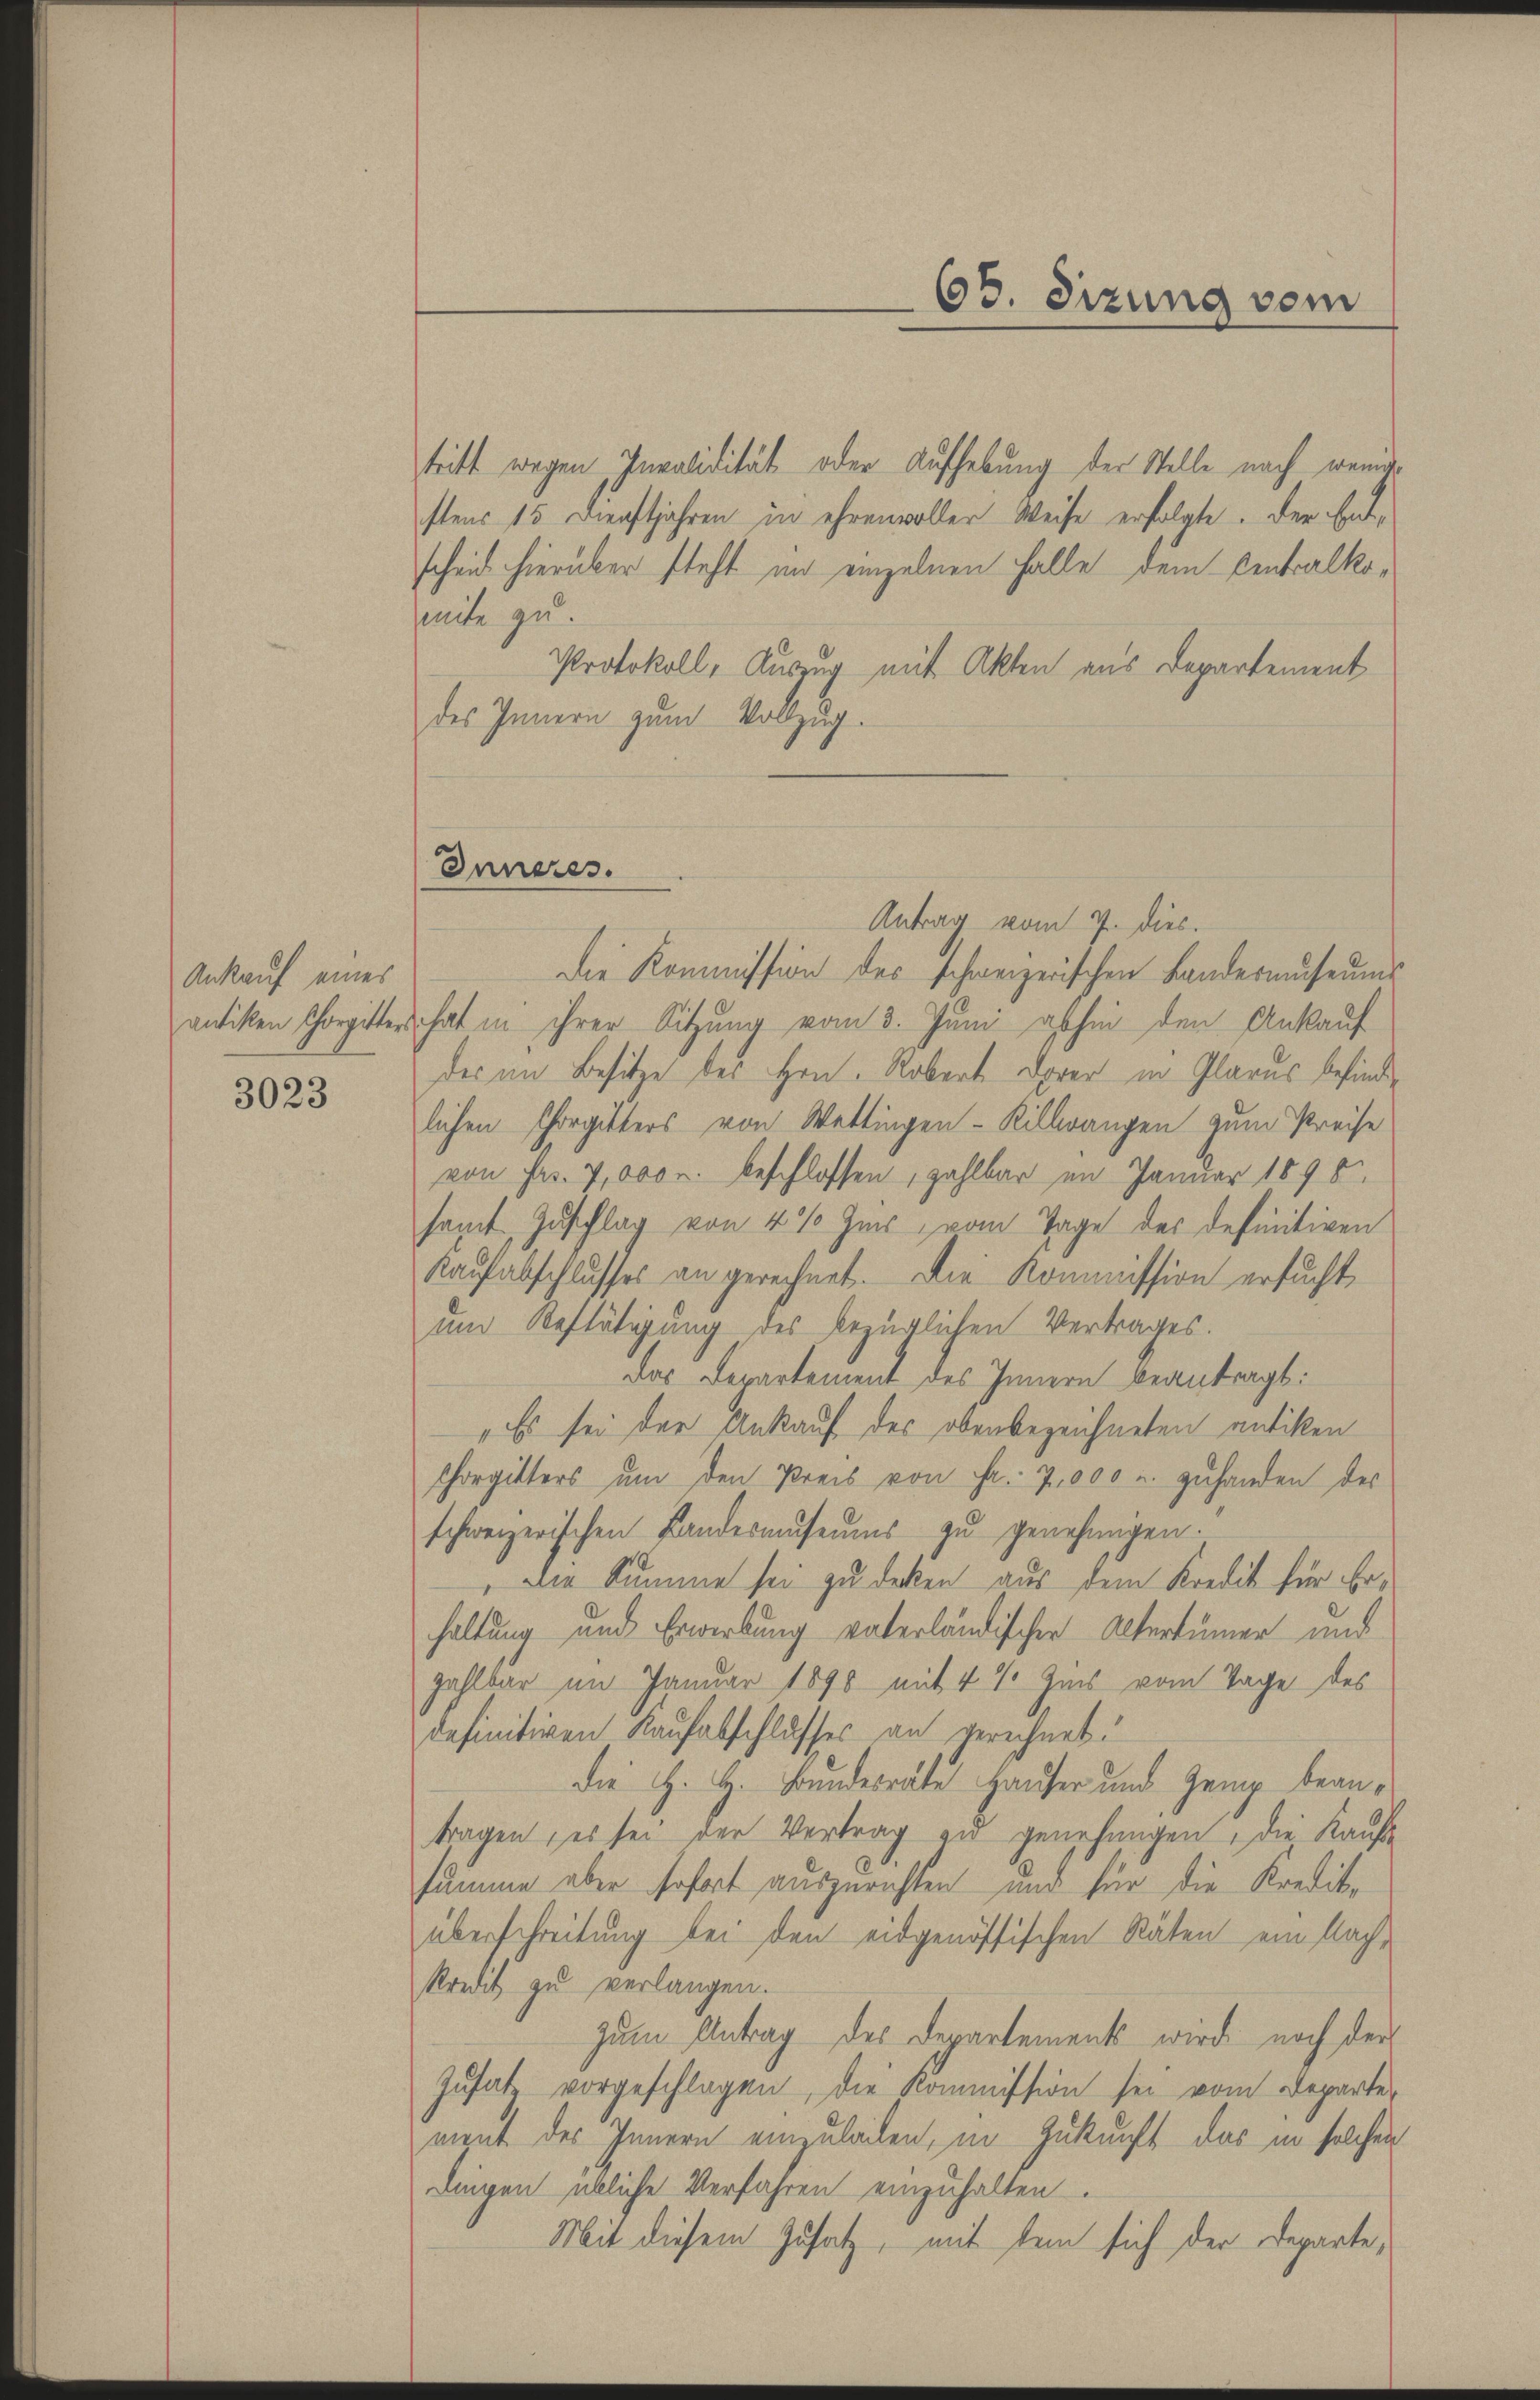
Ankauf eines

3023

tritt wegen Invalidität oder Aufhebung der Stelle nach wenigstens 15. Dienstjahren in ehrenvoller Weise erfolgte. Der Entscheid hierüber steht und einzelnen Falle dem Centralkomite zu.
Protokoll, Auszug mit Akten aus Departement
des Innern zum Vollzug.

Antrag vom 7. dies.
die Kommission des schweizerischen Landermuseums
antiken Chorgitters hat in ihrer Sitzung vom 3. Juni abhin den Ankauf
der im Besitze des Hrn. Robert derer in Glarus befinde
lichen Chorgitters von Wettingen - Rillwangen zum Preise
von Fr. 7,000 r. beschlossen, zahlbar im Januar 1895
samt Zuschlag von 4% Zins vom Tage des definitiven
Kaufabschlusses an gerechnet. Die Kommission ersucht
um Bestätigung des bezüglichen Vertrages.
Das Departement des Innern beantragt:
"Es sei der Ankauf des obenbezeichneten antiken
Chorgitters um den Preis von Fr. 7,000 u. zuhanden des
schweizerischen Landesmuseums zu genehmigen.
die Summe sei zu decken aus dem Kredit für Erhaltung und Erwerbung vaterländischer Altertümer und
zahlbar im Januar 1890 mit 4 % Zins vom Tage des
definitiven Kaufabschlusses an gerechnet.
die H. H. Bundesräte Hauser und Zeug beantragen, es sei der Vertrag und genehmigen, die Kaufe
summe aber sofort auszurichten und für die Kredite
überschreitung bei den eidgenössischen Räten ein Nachkredit zu verlangen.
zum Antrag des Departements wird noch der
Zusatz vorgeschlagen, die Kommission sei vom Departer
ment des Innern einzuladen, in Zukunft das in solchen
Dingen übliche Verfahren einzuhalten.
Mit diesem Zusatz, mit dem sich der Departe¬

Inneres.

65. dizung vom